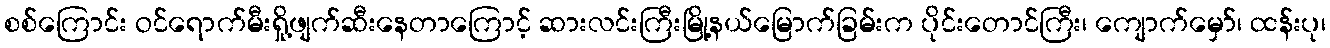
စစ်ကြောင်း ဝင်ရောက်မီးရှို့ဖျက်ဆီးနေတာကြောင့် ဆားလင်းကြီးမြို့နယ်မြောက်ခြမ်းက ပိုင်းတောင်ကြီး၊ ကျောက်မှော်၊ ထန်းပု၊